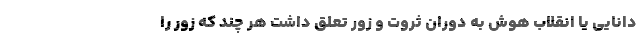
دانایی یا انقلاب هوش به دوران ثروت و زور تعلق داشت هر چند که زور را